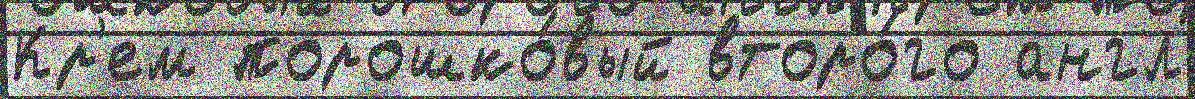
Кр'ем порошко́вый второ́го англ